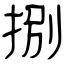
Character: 捌